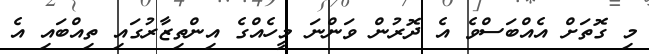
މި ގޮތަށް އެއްބަސްވެ އެ ދޮރުން ވަންނަ މީހެއްގެ އިންތިޒާރުގައި ތިއްބައި އެ